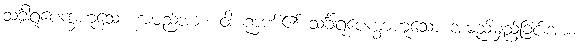
သင်္ခါရုပေက္ခဟူသော အမည်အား။ ဝါ၊ ဉာဏ်၏ သင်္ခါရုပေက္ခာဟူသော အမည်မှည့်ခြင်းအား။